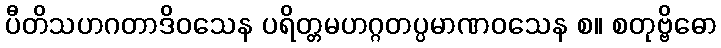
ပီတိသဟဂတာဒိဝသေန ပရိတ္တမဟဂ္ဂတပ္ပမာဏဝသေန စ။ စတုဗ္ဗိဓော